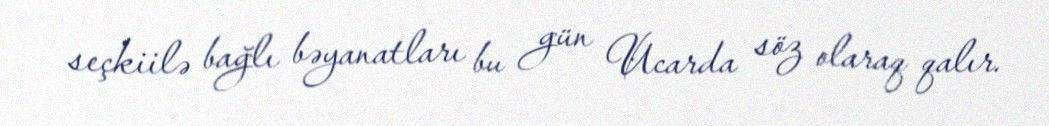
seçkiilə bağlı bəyanatları bu gün Ucarda söz olaraq qalır.